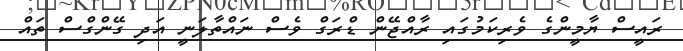
ރައީސް ޔާމީންގެ ވެރިކަމުގައި ރާއްޖޭން ޑްރަގް ވެސް ނައްތާލަނީ އަދި ގޭންގްސް ތައް